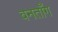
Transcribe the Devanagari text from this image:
वनताँग